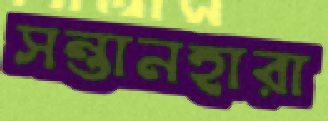
সন্তানহারা